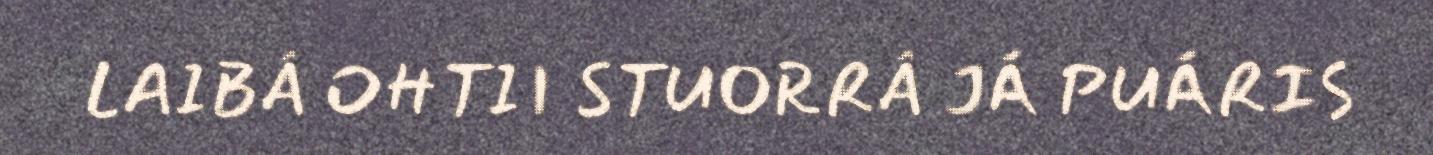
LAIBÂ OHTII STUORRÂ JÁ PUÁRIS